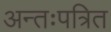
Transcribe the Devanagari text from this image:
अन्तःपत्रित